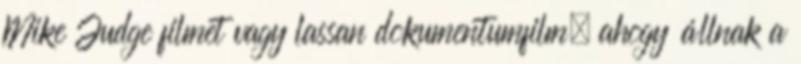
Mike Judge filmet vagy lassan dokumentumfilm, ahogy állnak a